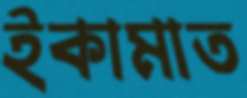
ইকামাত